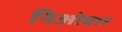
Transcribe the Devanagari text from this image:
निओबार